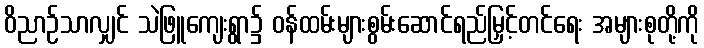
ဝိညာဉ်သာလျှင် သဲဖြူကျေးရွာ၌ ဝန်ထမ်းများစွမ်းဆောင်ရည်မြှင့်တင်ရေး အများစုတို့ကို